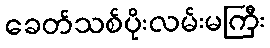
ခေတ်သစ်ပိုးလမ်းမကြီး